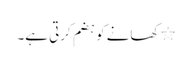
٭ کھانے کو ہضم کرتی ہے۔